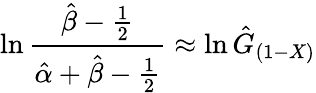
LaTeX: \ln{\frac{{\hat{\beta}}-{\frac{1}{2}}}{{\hat{\alpha}}+{\hat{\beta}}-{\frac{1}{2}}}}\approx\ln{\hat{G}}_{(1-X)}